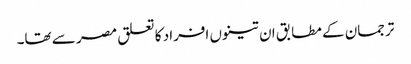
ترجمان کے مطابق ان تینوں افراد کا تعلق مصر سے تھا۔